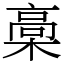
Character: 槀